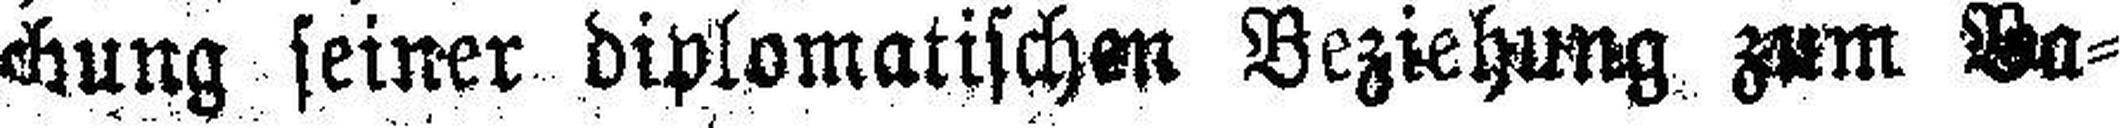
chung seiner diplomatischen Beziehung zum Ba¬